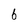
Character: 6